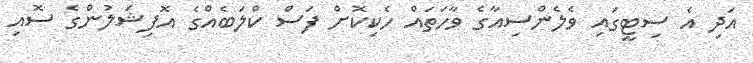
އަދި އެ ސިޓީގައި ވެލެންސިއާގެ ވާހަަތައް ހެކިކޮށް ފަސް ކްލަބެއްގެ އޮފިޝަލުންގެ ސޮއި